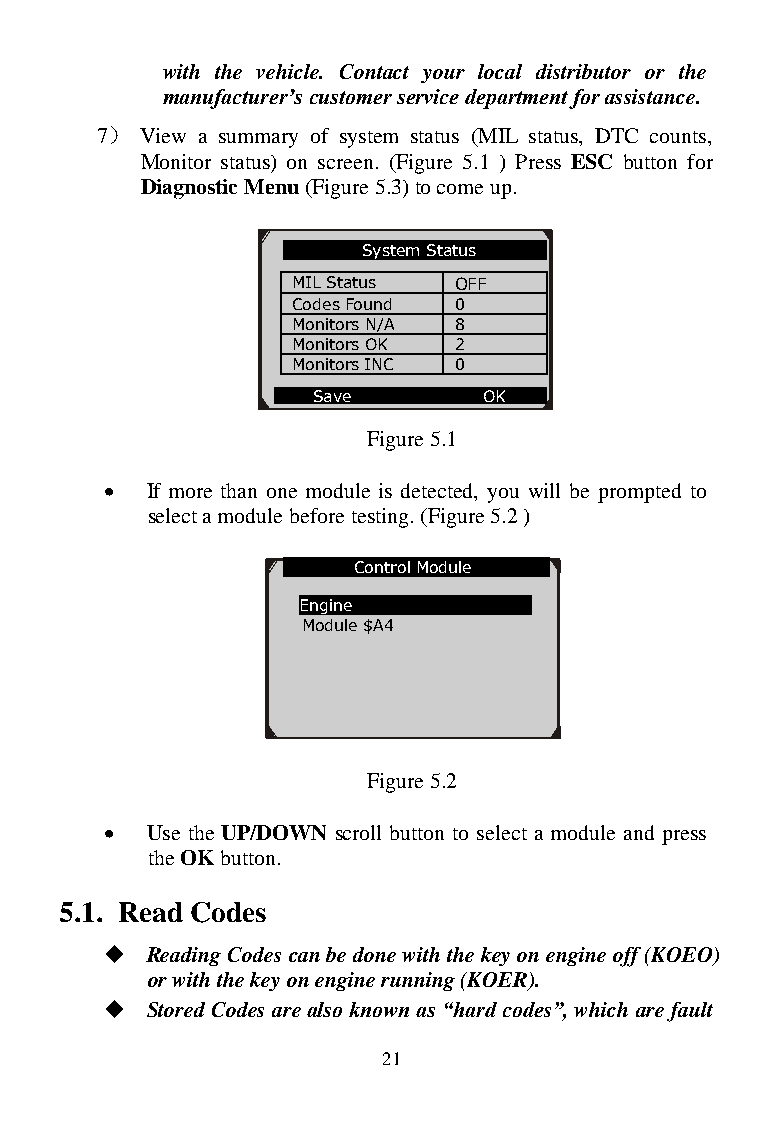
with the vehicle. Contact your local distributor or the
 manufacturer’s customer service department for assistance.
 7） View a summary of system status (MIL status, DTC counts,
 Monitor status) on screen. (Figure 5.1 ) Press ESC button for
 Diagnostic Menu (Figure 5.3) to come up.
 System Status
 MIL Status OFF
 Codes Found 0
 Monitors N/A 8
 Monitors OK 2
 Monitors INC 0
 Save       OK
 Figure 5.1
   If more than one module is detected, you will be prompted to
 select a module before testing. (Figure 5.2 )
 Control Module
 Engine
 Module $A4
 Figure 5.2
   Use the UP/DOWN scroll button to select a module and press
 the OK button.
 5.1. Read Codes
   Reading Codes can be done with the key on engine off (KOEO)
 or with the key on engine running (KOER).
   Stored Codes are also known as “hard codes”, which are fault
 21